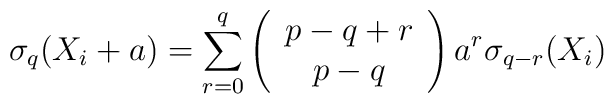
\sigma_q(X_i+a)=\sum_{r=0}^q\left( \begin{array}{c}p-q+r \\ p-q\end{array}\right) a^r\sigma_{q-r}(X_i)